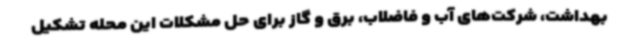
بهداشت، شرکت‌های آب‌ و فاضلاب، برق و گاز برای حل مشکلات این محله تشکیل